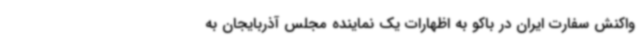
واکنش سفارت ایران در باکو به اظهارات یک نماینده مجلس آذربایجان به